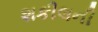
શકીલની